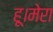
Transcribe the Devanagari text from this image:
हू।मेरा